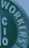
WORKERS